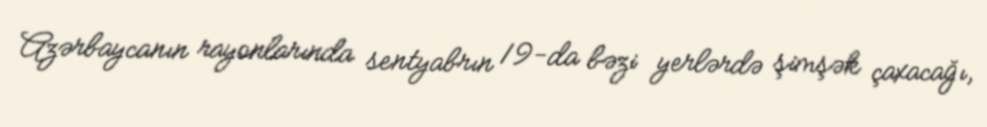
Azərbaycanın rayonlarında sentyabrın 19-da bəzi yerlərdə şimşək çaxacağı,